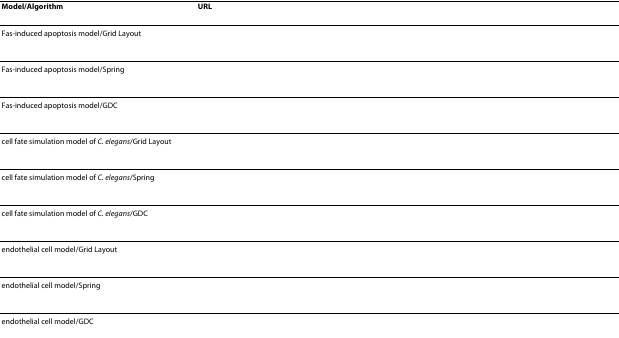
<table><thead><tr><td><b>Model/Algorithm</b></td><td><b>URL</b></td></tr></thead><tbody><tr><td>Fas-induced apoptosis model/Grid Layout</td><td>[EMPTY_CELL]</td></tr><tr><td>Fas-induced apoptosis model/Spring</td><td>[EMPTY_CELL]</td></tr><tr><td>Fas-induced apoptosis model/GDC</td><td>[EMPTY_CELL]</td></tr><tr><td>cell fate simulation model of <i>C. elegans</i>/Grid Layout</td><td>[EMPTY_CELL]</td></tr><tr><td>cell fate simulation model of <i>C. elegans</i>/Spring</td><td>[EMPTY_CELL]</td></tr><tr><td>cell fate simulation model of <i>C. elegans</i>/GDC</td><td>[EMPTY_CELL]</td></tr><tr><td>endothelial cell model/Grid Layout</td><td>[EMPTY_CELL]</td></tr><tr><td>endothelial cell model/Spring</td><td>[EMPTY_CELL]</td></tr><tr><td>endothelial cell model/GDC</td><td>[EMPTY_CELL]</td></tr></tbody></table>